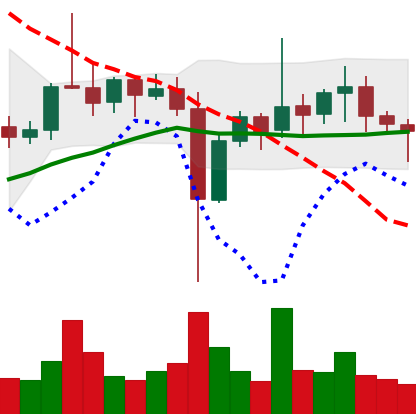
Ticker: ETC-USD
Chart end date: 2021-11-06
Forward return: 7.611%
Label: up_7plus